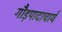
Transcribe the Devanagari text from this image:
गौड़पादाचार्य